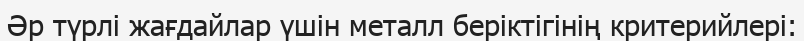
Әр түрлі жағдайлар үшін металл беріктігінің критерийлері: